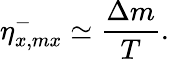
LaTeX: {\eta}_{x,mx}^{-}\simeq\frac{\Delta m}{T}.